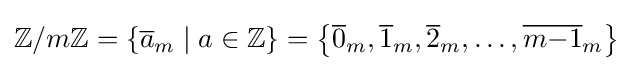
\mathbb {Z} /m\mathbb {Z} =\left\{{\overline {a}}_{m}\mid a\in \mathbb {Z} \right\}=\left\{{\overline {0}}_{m},{\overline {1}}_{m},{\overline {2}}_{m},\ldots ,{\overline {m{-}1}}_{m}\right\}